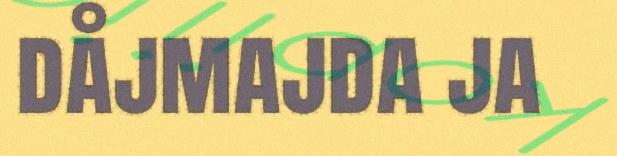
dåjmajda ja